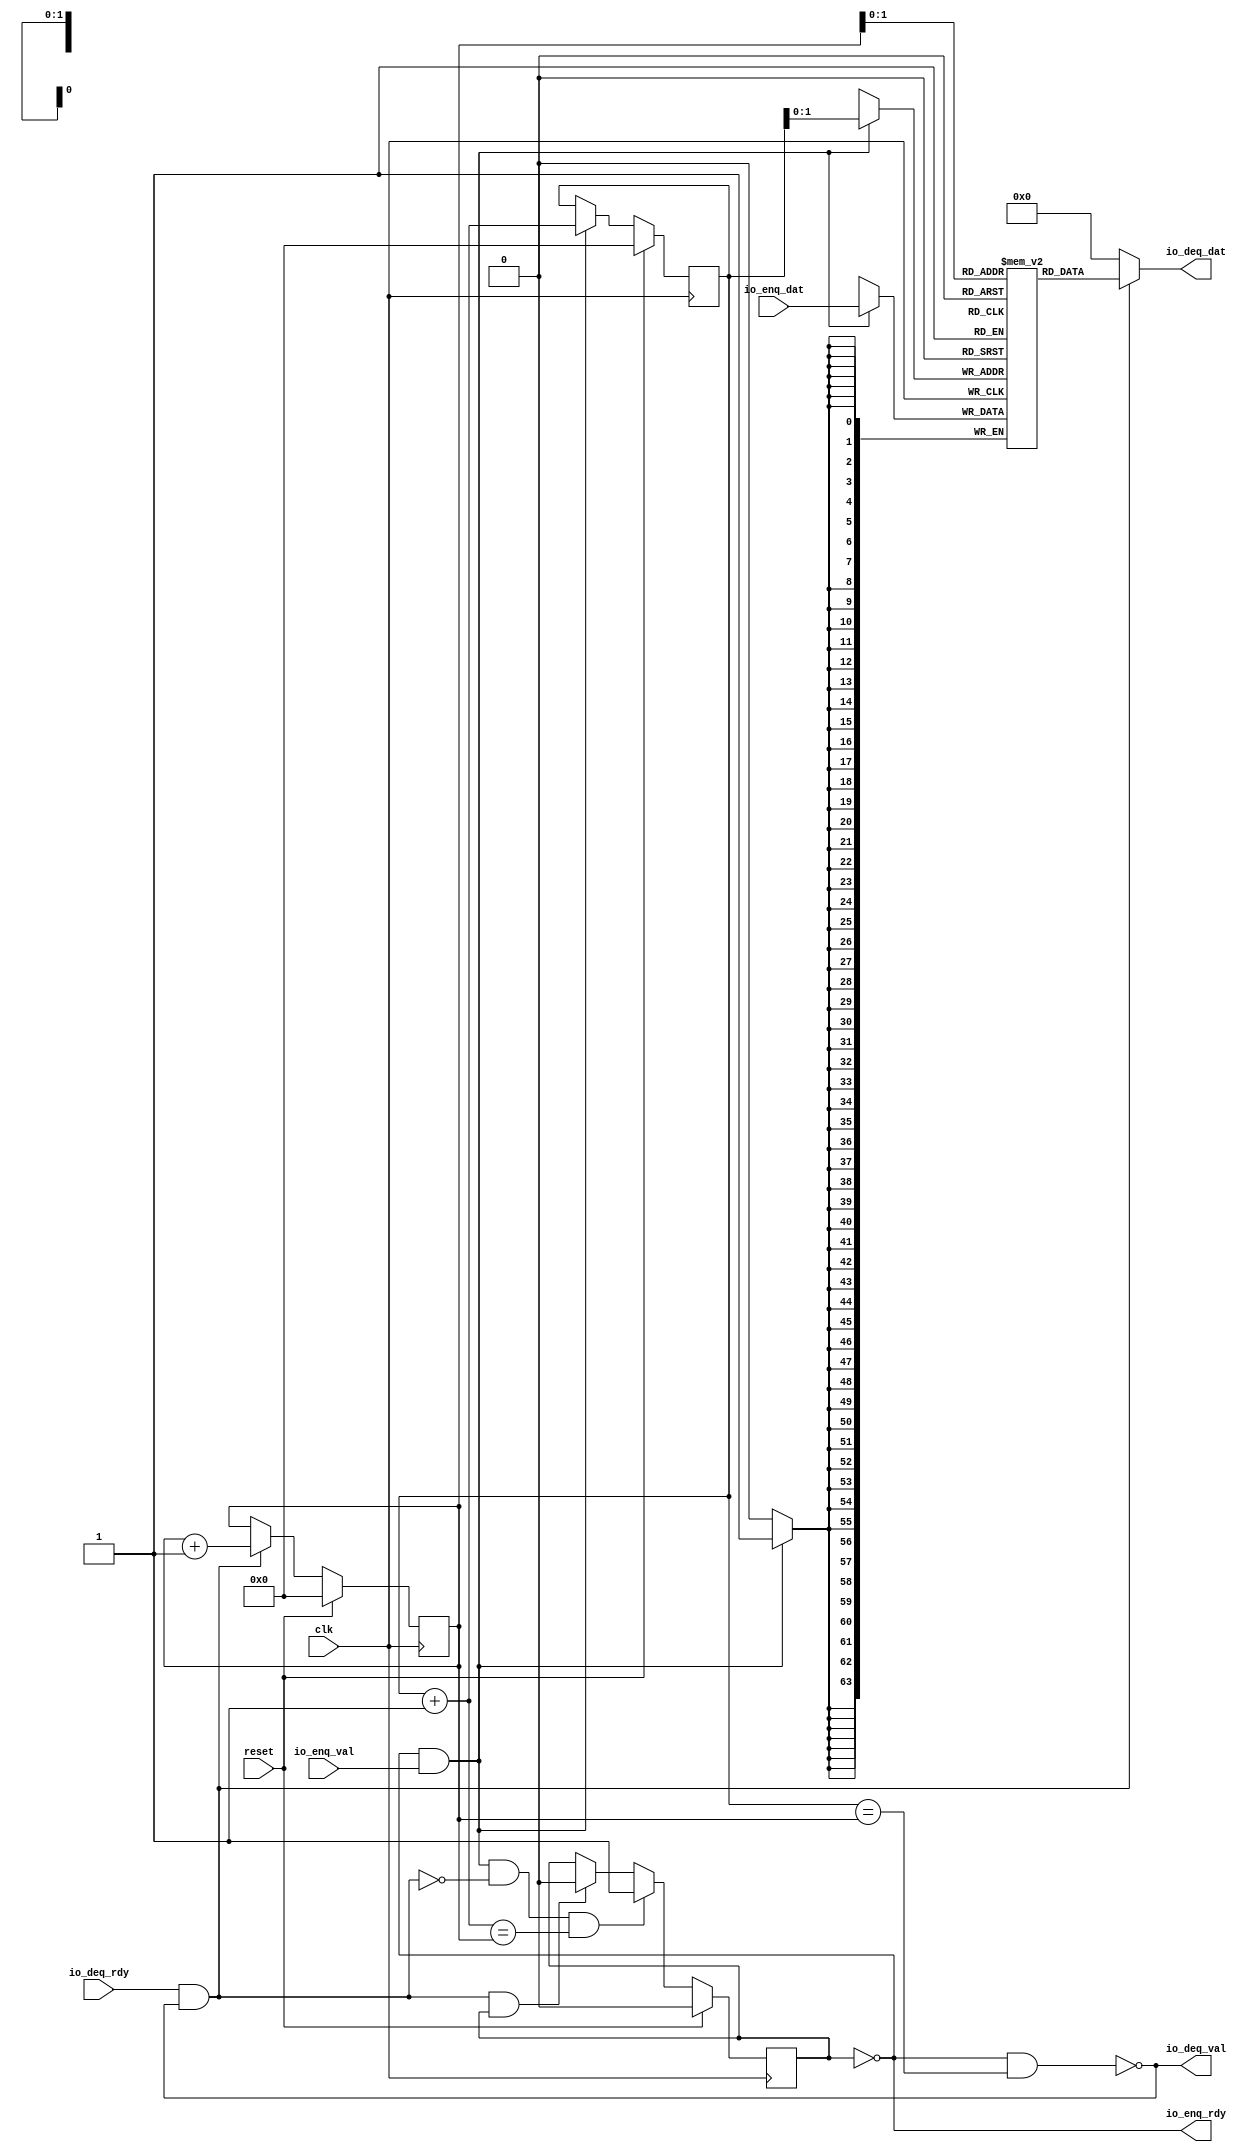
module Fifo_0(input clk, input reset,
    input  io_enq_val,
    output io_enq_rdy,
    output io_deq_val,
    input  io_deq_rdy,
    input [63:0] io_enq_dat,
    output[63:0] io_deq_dat
);

  wire[63:0] T0;
  wire[63:0] T1;
  reg [63:0] ram [3:0];
  wire[63:0] T2;
  wire[63:0] T3;
  wire do_enq;
  wire T4;
  reg[0:0] is_full;
  wire is_full_next;
  wire T5;
  wire T6;
  wire do_deq;
  wire T7;
  wire is_empty;
  wire T8;
  reg[3:0] deq_ptr;
  wire[3:0] T9;
  wire[3:0] deq_ptr_inc;
  reg[3:0] enq_ptr;
  wire[3:0] T10;
  wire[3:0] enq_ptr_inc;
  wire T11;
  wire T12;
  wire T13;
  wire T14;
  wire T15;
  wire[1:0] T16;
  wire[1:0] T17;
  wire T18;
  wire T19;

  assign io_deq_dat = T0;
  assign T0 = do_deq ? T1 : 64'h0;
  assign T1 = ram[T17];
  assign T3 = io_enq_dat;
  assign do_enq = T4 && io_enq_val;
  assign T4 = ! is_full;
  assign is_full_next = T12 ? 1'h1 : T5;
  assign T5 = T6 ? 1'h0 : is_full;
  assign T6 = do_deq && is_full;
  assign do_deq = io_deq_rdy && T7;
  assign T7 = ! is_empty;
  assign is_empty = T11 && T8;
  assign T8 = enq_ptr == deq_ptr;
  assign T9 = do_deq ? deq_ptr_inc : deq_ptr;
  assign deq_ptr_inc = deq_ptr + 4'h1;
  assign T10 = do_enq ? enq_ptr_inc : enq_ptr;
  assign enq_ptr_inc = enq_ptr + 4'h1;
  assign T11 = ! is_full;
  assign T12 = T14 && T13;
  assign T13 = enq_ptr_inc == deq_ptr;
  assign T14 = do_enq && T15;
  assign T15 = ~ do_deq;
  assign T16 = enq_ptr[1'h1:1'h0];
  assign T17 = deq_ptr[1'h1:1'h0];
  assign io_deq_val = T18;
  assign T18 = ! is_empty;
  assign io_enq_rdy = T19;
  assign T19 = ! is_full;

  always @(posedge clk) begin
    if (do_enq)
      ram[T16] <= T3;
    is_full <= reset ? 1'h0 : is_full_next;
    deq_ptr <= reset ? 4'h0 : T9;
    enq_ptr <= reset ? 4'h0 : T10;
  end
endmodule

module encode(
    input [7:0] io_rx_dat_int,
    input [7:0] io_rx_dat_int1,
    input [7:0] io_rx_dat_cent,
    output io_rx_rdy,
    input  io_rx_val,
    output[63:0] io_tx_dat,
    output io_tx_val
);

  wire[63:0] T0;
  wire[31:0] T1;
  wire[23:0] T2;
  wire[15:0] T3;

  assign io_tx_val = io_rx_val;
  assign io_tx_dat = T0;
  assign T0 = {32'h0, T1};
  assign T1 = {T2, 8'hff};
  assign T2 = {T3, io_rx_dat_cent};
  assign T3 = {io_rx_dat_int1, io_rx_dat_int};
  assign io_rx_rdy = 1'h1;
endmodule

module decode(
    input [63:0] io_rx_dat,
    output io_rx_rdy,
    input  io_rx_val,
    output[7:0] io_tx_dat_int,
    output[7:0] io_tx_dat_int1,
    output[7:0] io_tx_dat_c11,
    output[7:0] io_tx_dat_c12,
    output[7:0] io_tx_dat_c21,
    output[7:0] io_tx_dat_c22,
    output[7:0] io_tx_dat_c31,
    output[7:0] io_tx_dat_c32,
    output io_tx_val
);

  wire[7:0] T0;
  wire[7:0] T1;
  wire[7:0] T2;
  wire[7:0] T3;
  wire[7:0] T4;
  wire[7:0] T5;
  wire[7:0] T6;
  wire[7:0] T7;

  assign io_tx_val = io_rx_val;
  assign io_tx_dat_c32 = T0;
  assign T0 = io_rx_dat[6'h2f:6'h28];
  assign io_tx_dat_c31 = T1;
  assign T1 = io_rx_dat[6'h27:6'h20];
  assign io_tx_dat_c22 = T2;
  assign T2 = io_rx_dat[5'h1f:5'h18];
  assign io_tx_dat_c21 = T3;
  assign T3 = io_rx_dat[5'h17:5'h10];
  assign io_tx_dat_c12 = T4;
  assign T4 = io_rx_dat[4'hf:4'h8];
  assign io_tx_dat_c11 = T5;
  assign T5 = io_rx_dat[3'h7:1'h0];
  assign io_tx_dat_int1 = T6;
  assign T6 = io_rx_dat[6'h3f:6'h38];
  assign io_tx_dat_int = T7;
  assign T7 = io_rx_dat[6'h37:6'h30];
  assign io_rx_rdy = 1'h1;
endmodule

module Fifo_1(input clk, input reset,
    input  io_enq_val,
    output io_enq_rdy,
    output io_deq_val,
    input  io_deq_rdy,
    input [7:0] io_enq_dat_int,
    input [7:0] io_enq_dat_int1,
    input [7:0] io_enq_dat_c11,
    input [7:0] io_enq_dat_c12,
    input [7:0] io_enq_dat_c21,
    input [7:0] io_enq_dat_c22,
    input [7:0] io_enq_dat_c31,
    input [7:0] io_enq_dat_c32,
    output[7:0] io_deq_dat_int,
    output[7:0] io_deq_dat_int1,
    output[7:0] io_deq_dat_c11,
    output[7:0] io_deq_dat_c12,
    output[7:0] io_deq_dat_c21,
    output[7:0] io_deq_dat_c22,
    output[7:0] io_deq_dat_c31,
    output[7:0] io_deq_dat_c32
);

  wire[7:0] T0;
  wire[63:0] T1;
  wire[63:0] T2;
  wire[7:0] T3;
  wire[63:0] T4;
  reg [63:0] ram [3:0];
  wire[63:0] T5;
  wire[63:0] T6;
  wire[63:0] T7;
  wire[55:0] T8;
  wire[47:0] T9;
  wire[39:0] T10;
  wire[31:0] T11;
  wire[23:0] T12;
  wire[15:0] T13;
  wire do_enq;
  wire T14;
  reg[0:0] is_full;
  wire is_full_next;
  wire T15;
  wire T16;
  wire do_deq;
  wire T17;
  wire is_empty;
  wire T18;
  reg[3:0] deq_ptr;
  wire[3:0] T19;
  wire[3:0] deq_ptr_inc;
  reg[3:0] enq_ptr;
  wire[3:0] T20;
  wire[3:0] enq_ptr_inc;
  wire T21;
  wire T22;
  wire T23;
  wire T24;
  wire T25;
  wire[1:0] T26;
  wire[1:0] T27;
  wire[55:0] T28;
  wire[7:0] T29;
  wire[47:0] T30;
  wire[7:0] T31;
  wire[39:0] T32;
  wire[7:0] T33;
  wire[31:0] T34;
  wire[7:0] T35;
  wire[23:0] T36;
  wire[7:0] T37;
  wire[15:0] T38;
  wire[7:0] T39;
  wire[7:0] T40;
  wire[7:0] T41;
  wire[7:0] T42;
  wire[7:0] T43;
  wire[7:0] T44;
  wire[7:0] T45;
  wire[7:0] T46;
  wire[7:0] T47;
  wire T48;
  wire T49;

  assign io_deq_dat_c32 = T0;
  assign T0 = T1[3'h7:1'h0];
  assign T1 = do_deq ? T2 : 64'h0;
  assign T2 = {T28, T3};
  assign T3 = T4[3'h7:1'h0];
  assign T4 = ram[T27];
  assign T6 = T7;
  assign T7 = {T8, io_enq_dat_c32};
  assign T8 = {T9, io_enq_dat_c31};
  assign T9 = {T10, io_enq_dat_c22};
  assign T10 = {T11, io_enq_dat_c21};
  assign T11 = {T12, io_enq_dat_c12};
  assign T12 = {T13, io_enq_dat_c11};
  assign T13 = {io_enq_dat_int, io_enq_dat_int1};
  assign do_enq = T14 && io_enq_val;
  assign T14 = ! is_full;
  assign is_full_next = T22 ? 1'h1 : T15;
  assign T15 = T16 ? 1'h0 : is_full;
  assign T16 = do_deq && is_full;
  assign do_deq = io_deq_rdy && T17;
  assign T17 = ! is_empty;
  assign is_empty = T21 && T18;
  assign T18 = enq_ptr == deq_ptr;
  assign T19 = do_deq ? deq_ptr_inc : deq_ptr;
  assign deq_ptr_inc = deq_ptr + 4'h1;
  assign T20 = do_enq ? enq_ptr_inc : enq_ptr;
  assign enq_ptr_inc = enq_ptr + 4'h1;
  assign T21 = ! is_full;
  assign T22 = T24 && T23;
  assign T23 = enq_ptr_inc == deq_ptr;
  assign T24 = do_enq && T25;
  assign T25 = ~ do_deq;
  assign T26 = enq_ptr[1'h1:1'h0];
  assign T27 = deq_ptr[1'h1:1'h0];
  assign T28 = {T30, T29};
  assign T29 = T4[4'hf:4'h8];
  assign T30 = {T32, T31};
  assign T31 = T4[5'h17:5'h10];
  assign T32 = {T34, T33};
  assign T33 = T4[5'h1f:5'h18];
  assign T34 = {T36, T35};
  assign T35 = T4[6'h27:6'h20];
  assign T36 = {T38, T37};
  assign T37 = T4[6'h2f:6'h28];
  assign T38 = {T40, T39};
  assign T39 = T4[6'h37:6'h30];
  assign T40 = T4[6'h3f:6'h38];
  assign io_deq_dat_c31 = T41;
  assign T41 = T1[4'hf:4'h8];
  assign io_deq_dat_c22 = T42;
  assign T42 = T1[5'h17:5'h10];
  assign io_deq_dat_c21 = T43;
  assign T43 = T1[5'h1f:5'h18];
  assign io_deq_dat_c12 = T44;
  assign T44 = T1[6'h27:6'h20];
  assign io_deq_dat_c11 = T45;
  assign T45 = T1[6'h2f:6'h28];
  assign io_deq_dat_int1 = T46;
  assign T46 = T1[6'h37:6'h30];
  assign io_deq_dat_int = T47;
  assign T47 = T1[6'h3f:6'h38];
  assign io_deq_val = T48;
  assign T48 = ! is_empty;
  assign io_enq_rdy = T49;
  assign T49 = ! is_full;

  always @(posedge clk) begin
    if (do_enq)
      ram[T26] <= T6;
    is_full <= reset ? 1'h0 : is_full_next;
    deq_ptr <= reset ? 4'h0 : T19;
    enq_ptr <= reset ? 4'h0 : T20;
  end
endmodule

module Fifo_2(input clk, input reset,
    input  io_enq_val,
    output io_enq_rdy,
    output io_deq_val,
    input  io_deq_rdy,
    input [7:0] io_enq_dat_int,
    input [7:0] io_enq_dat_int1,
    input [7:0] io_enq_dat_cent,
    output[7:0] io_deq_dat_int,
    output[7:0] io_deq_dat_int1,
    output[7:0] io_deq_dat_cent
);

  wire[7:0] T0;
  wire[23:0] T1;
  wire[23:0] T2;
  wire[7:0] T3;
  wire[23:0] T4;
  reg [23:0] ram [3:0];
  wire[23:0] T5;
  wire[23:0] T6;
  wire[23:0] T7;
  wire[15:0] T8;
  wire do_enq;
  wire T9;
  reg[0:0] is_full;
  wire is_full_next;
  wire T10;
  wire T11;
  wire do_deq;
  wire T12;
  wire is_empty;
  wire T13;
  reg[3:0] deq_ptr;
  wire[3:0] T14;
  wire[3:0] deq_ptr_inc;
  reg[3:0] enq_ptr;
  wire[3:0] T15;
  wire[3:0] enq_ptr_inc;
  wire T16;
  wire T17;
  wire T18;
  wire T19;
  wire T20;
  wire[1:0] T21;
  wire[1:0] T22;
  wire[15:0] T23;
  wire[7:0] T24;
  wire[7:0] T25;
  wire[7:0] T26;
  wire[7:0] T27;
  wire T28;
  wire T29;

  assign io_deq_dat_cent = T0;
  assign T0 = T1[3'h7:1'h0];
  assign T1 = do_deq ? T2 : 24'h0;
  assign T2 = {T23, T3};
  assign T3 = T4[3'h7:1'h0];
  assign T4 = ram[T22];
  assign T6 = T7;
  assign T7 = {T8, io_enq_dat_cent};
  assign T8 = {io_enq_dat_int, io_enq_dat_int1};
  assign do_enq = T9 && io_enq_val;
  assign T9 = ! is_full;
  assign is_full_next = T17 ? 1'h1 : T10;
  assign T10 = T11 ? 1'h0 : is_full;
  assign T11 = do_deq && is_full;
  assign do_deq = io_deq_rdy && T12;
  assign T12 = ! is_empty;
  assign is_empty = T16 && T13;
  assign T13 = enq_ptr == deq_ptr;
  assign T14 = do_deq ? deq_ptr_inc : deq_ptr;
  assign deq_ptr_inc = deq_ptr + 4'h1;
  assign T15 = do_enq ? enq_ptr_inc : enq_ptr;
  assign enq_ptr_inc = enq_ptr + 4'h1;
  assign T16 = ! is_full;
  assign T17 = T19 && T18;
  assign T18 = enq_ptr_inc == deq_ptr;
  assign T19 = do_enq && T20;
  assign T20 = ~ do_deq;
  assign T21 = enq_ptr[1'h1:1'h0];
  assign T22 = deq_ptr[1'h1:1'h0];
  assign T23 = {T25, T24};
  assign T24 = T4[4'hf:4'h8];
  assign T25 = T4[5'h17:5'h10];
  assign io_deq_dat_int1 = T26;
  assign T26 = T1[4'hf:4'h8];
  assign io_deq_dat_int = T27;
  assign T27 = T1[5'h17:5'h10];
  assign io_deq_val = T28;
  assign T28 = ! is_empty;
  assign io_enq_rdy = T29;
  assign T29 = ! is_full;

  always @(posedge clk) begin
    if (do_enq)
      ram[T21] <= T6;
    is_full <= reset ? 1'h0 : is_full_next;
    deq_ptr <= reset ? 4'h0 : T14;
    enq_ptr <= reset ? 4'h0 : T15;
  end
endmodule

module EucDistBlock(
    input [63:0] io_point_0,
    input [63:0] io_point_1_,
    input [63:0] io_centroid_0___,
    input [63:0] io_centroid_1____,
    output[63:0] io_out
);

  wire[63:0] T0;
  wire[63:0] distSum_1;
  wire[63:0] T1;
  wire[127:0] T2;
  wire[63:0] T3;
  wire[63:0] T4;
  wire[63:0] distSum_0;
  wire[63:0] T5;
  wire[127:0] T6;
  wire[63:0] T7;
  wire[63:0] T8;

  assign io_out = T0;
  assign T0 = distSum_0 + distSum_1;
  assign distSum_1 = T1;
  assign T1 = T2[6'h3f:1'h0];
  assign T2 = T4 * T3;
  assign T3 = io_centroid_1____ - io_point_1_;
  assign T4 = io_centroid_1____ - io_point_1_;
  assign distSum_0 = T5;
  assign T5 = T6[6'h3f:1'h0];
  assign T6 = T8 * T7;
  assign T7 = io_centroid_0___ - io_point_0;
  assign T8 = io_centroid_0___ - io_point_0;
endmodule

module ClosestCentreN(
    input [63:0] io_in_0_,
    input [63:0] io_in_1__,
    input [63:0] io_in_2___,
    output[63:0] io_out
);

  wire[63:0] T0;
  wire[1:0] T1;
  wire[1:0] T2;
  wire T3;
  wire[63:0] T4;
  wire[63:0] T5;
  wire T6;
  wire T7;
  wire T8;
  wire[63:0] T9;
  wire[63:0] T10;
  wire T11;
  wire T12;

  assign io_out = T0;
  assign T0 = {62'h0, T1};
  assign T1 = T8 ? 2'h2 : T2;
  assign T2 = {1'h0, T3};
  assign T3 = T4 == io_in_1__;
  assign T4 = T7 ? T5 : io_in_2___;
  assign T5 = T6 ? io_in_0_ : io_in_1__;
  assign T6 = io_in_0_ <= io_in_1__;
  assign T7 = T5 <= io_in_2___;
  assign T8 = T9 == io_in_2___;
  assign T9 = T12 ? T10 : io_in_2___;
  assign T10 = T11 ? io_in_0_ : io_in_1__;
  assign T11 = io_in_0_ <= io_in_1__;
  assign T12 = T10 <= io_in_2___;
endmodule

module Mapper(
    input [7:0] io_rx_dat_int,
    input [7:0] io_rx_dat_int1,
    input [7:0] io_rx_dat_c11,
    input [7:0] io_rx_dat_c12,
    input [7:0] io_rx_dat_c21,
    input [7:0] io_rx_dat_c22,
    input [7:0] io_rx_dat_c31,
    input [7:0] io_rx_dat_c32,
    input  io_rx_val,
    output io_rx_rdy,
    output[7:0] io_tx_dat_int,
    output[7:0] io_tx_dat_int1,
    output[7:0] io_tx_dat_cent,
    output io_tx_val
);

  wire[63:0] EucDistBlock_2_io_out;
  wire[63:0] EucDistBlock_1_io_out;
  wire[63:0] EucDistBlock_0_io_out;
  wire[63:0] T0;
  wire[63:0] T1;
  wire[63:0] T2;
  wire[63:0] T3;
  wire[63:0] T4;
  wire[63:0] T5;
  wire[63:0] T6;
  wire[63:0] T7;
  wire[63:0] T8;
  wire[63:0] T9;
  wire[63:0] T10;
  wire[63:0] T11;
  wire T12;
  wire T13;
  wire[7:0] T14;
  wire[63:0] ClosestCentreN_io_out;

  assign T0 = {56'h0, io_rx_dat_c32};
  assign T1 = {56'h0, io_rx_dat_c31};
  assign T2 = {56'h0, io_rx_dat_int1};
  assign T3 = {56'h0, io_rx_dat_int};
  assign T4 = {56'h0, io_rx_dat_c22};
  assign T5 = {56'h0, io_rx_dat_c21};
  assign T6 = {56'h0, io_rx_dat_int1};
  assign T7 = {56'h0, io_rx_dat_int};
  assign T8 = {56'h0, io_rx_dat_c12};
  assign T9 = {56'h0, io_rx_dat_c11};
  assign T10 = {56'h0, io_rx_dat_int1};
  assign T11 = {56'h0, io_rx_dat_int};
  assign io_tx_val = T12;
  assign T12 = T13 ? 1'h0 : io_rx_val;
  assign T13 = ! io_rx_val;
  assign io_tx_dat_cent = T14;
  assign T14 = ClosestCentreN_io_out[3'h7:1'h0];
  assign io_tx_dat_int1 = io_rx_dat_int1;
  assign io_tx_dat_int = io_rx_dat_int;
  assign io_rx_rdy = 1'h1;
  EucDistBlock EucDistBlock_0(
       .io_point_0( T11 ),
       .io_point_1_( T10 ),
       .io_centroid_0___( T9 ),
       .io_centroid_1____( T8 ),
       .io_out( EucDistBlock_0_io_out )
  );
  EucDistBlock EucDistBlock_1(
       .io_point_0( T7 ),
       .io_point_1_( T6 ),
       .io_centroid_0___( T5 ),
       .io_centroid_1____( T4 ),
       .io_out( EucDistBlock_1_io_out )
  );
  EucDistBlock EucDistBlock_2(
       .io_point_0( T3 ),
       .io_point_1_( T2 ),
       .io_centroid_0___( T1 ),
       .io_centroid_1____( T0 ),
       .io_out( EucDistBlock_2_io_out )
  );
  ClosestCentreN ClosestCentreN(
       .io_in_0_( EucDistBlock_0_io_out ),
       .io_in_1__( EucDistBlock_1_io_out ),
       .io_in_2___( EucDistBlock_2_io_out ),
       .io_out( ClosestCentreN_io_out )
  );
endmodule

module Controller(input clk, input reset,
    input [7:0] io_rx_dat_int,
    input [7:0] io_rx_dat_int1,
    input [7:0] io_rx_dat_c11,
    input [7:0] io_rx_dat_c12,
    input [7:0] io_rx_dat_c21,
    input [7:0] io_rx_dat_c22,
    input [7:0] io_rx_dat_c31,
    input [7:0] io_rx_dat_c32,
    input  io_rx_val,
    output[7:0] io_tx_dat_int,
    output[7:0] io_tx_dat_int1,
    output[7:0] io_tx_dat_cent,
    output io_tx_val
);

  wire T0;
  wire T1;
  wire Fifo_0_io_deq_val;
  wire Mapper_io_rx_rdy;
  wire T2;
  wire[7:0] Fifo_0_io_deq_dat_c32;
  wire[7:0] Fifo_0_io_deq_dat_c31;
  wire[7:0] Fifo_0_io_deq_dat_c22;
  wire[7:0] Fifo_0_io_deq_dat_c21;
  wire[7:0] Fifo_0_io_deq_dat_c12;
  wire[7:0] Fifo_0_io_deq_dat_c11;
  wire[7:0] Fifo_0_io_deq_dat_int1;
  wire[7:0] Fifo_0_io_deq_dat_int;
  wire[7:0] Mapper_io_tx_dat_cent;
  wire[7:0] Mapper_io_tx_dat_int1;
  wire[7:0] Mapper_io_tx_dat_int;
  wire T3;
  wire Fifo_1_io_deq_val;
  wire T4;
  wire T5;
  wire T6;
  wire Fifo_1_io_enq_rdy;
  wire Mapper_io_tx_val;
  wire T7;
  wire T8;
  wire T9;
  wire T10;
  wire Fifo_0_io_enq_rdy;
  wire T11;
  wire T12;
  reg[0:0] inCounter;
  wire T13;
  wire T14;
  wire T15;
  wire T16;
  wire[7:0] T17;
  wire[7:0] Fifo_1_io_deq_dat_cent;
  wire[7:0] T18;
  wire[7:0] Fifo_1_io_deq_dat_int1;
  wire[7:0] T19;
  wire[7:0] Fifo_1_io_deq_dat_int;

  assign T0 = T2 ? 1'h0 : T1;
  assign T1 = Mapper_io_rx_rdy && Fifo_0_io_deq_val;
  assign T2 = ! T1;
  assign T3 = T4 ? 1'h0 : Fifo_1_io_deq_val;
  assign T4 = ! Fifo_1_io_deq_val;
  assign T5 = T7 ? 1'h0 : T6;
  assign T6 = Mapper_io_tx_val && Fifo_1_io_enq_rdy;
  assign T7 = ! T6;
  assign T8 = T2 ? 1'h0 : T1;
  assign T9 = T16 ? 1'h0 : T10;
  assign T10 = T11 && Fifo_0_io_enq_rdy;
  assign T11 = T12 && io_rx_val;
  assign T12 = 1'h0 == inCounter;
  assign T13 = T15 ? 1'h0 : T14;
  assign T14 = inCounter + 1'h1;
  assign T15 = inCounter == 1'h0;
  assign T16 = ! T10;
  assign io_tx_val = Fifo_1_io_deq_val;
  assign io_tx_dat_cent = T17;
  assign T17 = Fifo_1_io_deq_val ? Fifo_1_io_deq_dat_cent : 8'h0;
  assign io_tx_dat_int1 = T18;
  assign T18 = Fifo_1_io_deq_val ? Fifo_1_io_deq_dat_int1 : 8'h0;
  assign io_tx_dat_int = T19;
  assign T19 = Fifo_1_io_deq_val ? Fifo_1_io_deq_dat_int : 8'h0;
  Fifo_1 Fifo_0(.clk(clk), .reset(reset),
       .io_enq_val( T9 ),
       .io_enq_rdy( Fifo_0_io_enq_rdy ),
       .io_deq_val( Fifo_0_io_deq_val ),
       .io_deq_rdy( T8 ),
       .io_enq_dat_int( io_rx_dat_int ),
       .io_enq_dat_int1( io_rx_dat_int1 ),
       .io_enq_dat_c11( io_rx_dat_c11 ),
       .io_enq_dat_c12( io_rx_dat_c12 ),
       .io_enq_dat_c21( io_rx_dat_c21 ),
       .io_enq_dat_c22( io_rx_dat_c22 ),
       .io_enq_dat_c31( io_rx_dat_c31 ),
       .io_enq_dat_c32( io_rx_dat_c32 ),
       .io_deq_dat_int( Fifo_0_io_deq_dat_int ),
       .io_deq_dat_int1( Fifo_0_io_deq_dat_int1 ),
       .io_deq_dat_c11( Fifo_0_io_deq_dat_c11 ),
       .io_deq_dat_c12( Fifo_0_io_deq_dat_c12 ),
       .io_deq_dat_c21( Fifo_0_io_deq_dat_c21 ),
       .io_deq_dat_c22( Fifo_0_io_deq_dat_c22 ),
       .io_deq_dat_c31( Fifo_0_io_deq_dat_c31 ),
       .io_deq_dat_c32( Fifo_0_io_deq_dat_c32 )
  );
  Fifo_2 Fifo_1(.clk(clk), .reset(reset),
       .io_enq_val( T5 ),
       .io_enq_rdy( Fifo_1_io_enq_rdy ),
       .io_deq_val( Fifo_1_io_deq_val ),
       .io_deq_rdy( T3 ),
       .io_enq_dat_int( Mapper_io_tx_dat_int ),
       .io_enq_dat_int1( Mapper_io_tx_dat_int1 ),
       .io_enq_dat_cent( Mapper_io_tx_dat_cent ),
       .io_deq_dat_int( Fifo_1_io_deq_dat_int ),
       .io_deq_dat_int1( Fifo_1_io_deq_dat_int1 ),
       .io_deq_dat_cent( Fifo_1_io_deq_dat_cent )
  );
  Mapper Mapper(
       .io_rx_dat_int( Fifo_0_io_deq_dat_int ),
       .io_rx_dat_int1( Fifo_0_io_deq_dat_int1 ),
       .io_rx_dat_c11( Fifo_0_io_deq_dat_c11 ),
       .io_rx_dat_c12( Fifo_0_io_deq_dat_c12 ),
       .io_rx_dat_c21( Fifo_0_io_deq_dat_c21 ),
       .io_rx_dat_c22( Fifo_0_io_deq_dat_c22 ),
       .io_rx_dat_c31( Fifo_0_io_deq_dat_c31 ),
       .io_rx_dat_c32( Fifo_0_io_deq_dat_c32 ),
       .io_rx_val( T0 ),
       .io_rx_rdy( Mapper_io_rx_rdy ),
       .io_tx_dat_int( Mapper_io_tx_dat_int ),
       .io_tx_dat_int1( Mapper_io_tx_dat_int1 ),
       .io_tx_dat_cent( Mapper_io_tx_dat_cent ),
       .io_tx_val( Mapper_io_tx_val )
  );

  always @(posedge clk) begin
    if(reset) begin
      inCounter <= 1'h0;
    end else if(T10) begin
      inCounter <= T13;
    end
  end
endmodule

module MrSimSimulation(input clk, input reset,
    input [63:0] io_enq_dat,
    input  io_enq_val,
    output io_enq_rdy,
    output[63:0] io_deq_dat,
    output io_deq_val,
    input  io_deq_rdy
);

  wire decode_io_tx_val;
  wire[7:0] decode_io_tx_dat_c32;
  wire[7:0] decode_io_tx_dat_c31;
  wire[7:0] decode_io_tx_dat_c22;
  wire[7:0] decode_io_tx_dat_c21;
  wire[7:0] decode_io_tx_dat_c12;
  wire[7:0] decode_io_tx_dat_c11;
  wire[7:0] decode_io_tx_dat_int1;
  wire[7:0] decode_io_tx_dat_int;
  wire T0;
  wire decode_io_rx_rdy;
  wire Fifo_0_io_deq_val;
  wire[63:0] Fifo_0_io_deq_dat;
  wire Controller_io_tx_val;
  wire[7:0] Controller_io_tx_dat_cent;
  wire[7:0] Controller_io_tx_dat_int1;
  wire[7:0] Controller_io_tx_dat_int;
  wire[63:0] encode_io_tx_dat;
  wire encode_io_tx_val;
  wire T1;
  wire Fifo_1_io_deq_val;
  wire[63:0] Fifo_1_io_deq_dat;
  wire Fifo_0_io_enq_rdy;

  assign T0 = Fifo_0_io_deq_val && decode_io_rx_rdy;
  assign T1 = decode_io_rx_rdy && Fifo_0_io_deq_val;
  assign io_deq_val = Fifo_1_io_deq_val;
  assign io_deq_dat = Fifo_1_io_deq_dat;
  assign io_enq_rdy = Fifo_0_io_enq_rdy;
  Fifo_0 Fifo_0(.clk(clk), .reset(reset),
       .io_enq_val( io_enq_val ),
       .io_enq_rdy( Fifo_0_io_enq_rdy ),
       .io_deq_val( Fifo_0_io_deq_val ),
       .io_deq_rdy( T1 ),
       .io_enq_dat( io_enq_dat ),
       .io_deq_dat( Fifo_0_io_deq_dat )
  );
  Fifo_0 Fifo_1(.clk(clk), .reset(reset),
       .io_enq_val( encode_io_tx_val ),
       //.io_enq_rdy(  )
       .io_deq_val( Fifo_1_io_deq_val ),
       .io_deq_rdy( io_deq_rdy ),
       .io_enq_dat( encode_io_tx_dat ),
       .io_deq_dat( Fifo_1_io_deq_dat )
  );
  encode encode(
       .io_rx_dat_int( Controller_io_tx_dat_int ),
       .io_rx_dat_int1( Controller_io_tx_dat_int1 ),
       .io_rx_dat_cent( Controller_io_tx_dat_cent ),
       //.io_rx_rdy(  )
       .io_rx_val( Controller_io_tx_val ),
       .io_tx_dat( encode_io_tx_dat ),
       .io_tx_val( encode_io_tx_val )
  );
  decode decode(
       .io_rx_dat( Fifo_0_io_deq_dat ),
       .io_rx_rdy( decode_io_rx_rdy ),
       .io_rx_val( T0 ),
       .io_tx_dat_int( decode_io_tx_dat_int ),
       .io_tx_dat_int1( decode_io_tx_dat_int1 ),
       .io_tx_dat_c11( decode_io_tx_dat_c11 ),
       .io_tx_dat_c12( decode_io_tx_dat_c12 ),
       .io_tx_dat_c21( decode_io_tx_dat_c21 ),
       .io_tx_dat_c22( decode_io_tx_dat_c22 ),
       .io_tx_dat_c31( decode_io_tx_dat_c31 ),
       .io_tx_dat_c32( decode_io_tx_dat_c32 ),
       .io_tx_val( decode_io_tx_val )
  );
  Controller Controller(.clk(clk), .reset(reset),
       .io_rx_dat_int( decode_io_tx_dat_int ),
       .io_rx_dat_int1( decode_io_tx_dat_int1 ),
       .io_rx_dat_c11( decode_io_tx_dat_c11 ),
       .io_rx_dat_c12( decode_io_tx_dat_c12 ),
       .io_rx_dat_c21( decode_io_tx_dat_c21 ),
       .io_rx_dat_c22( decode_io_tx_dat_c22 ),
       .io_rx_dat_c31( decode_io_tx_dat_c31 ),
       .io_rx_dat_c32( decode_io_tx_dat_c32 ),
       .io_rx_val( decode_io_tx_val ),
       .io_tx_dat_int( Controller_io_tx_dat_int ),
       .io_tx_dat_int1( Controller_io_tx_dat_int1 ),
       .io_tx_dat_cent( Controller_io_tx_dat_cent ),
       .io_tx_val( Controller_io_tx_val )
  );
endmodule